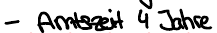
- Amtszeit 4 Jahre